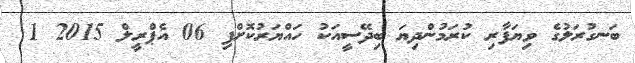
ބަނގުރަލުގެ ވިޔަފާރި ކުރަމުންދިޔަ ބިދޭސީއަކު ހައްޔަރުކޮށްފި 06 އެޕްރީލް 2015 1